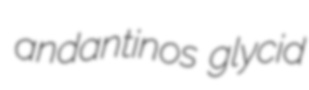
andantinos glycid